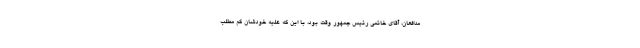
مدافعان، آقای خاتمی رئیس جمهور وقت بود، با این که علیه خودشان کم مطلب